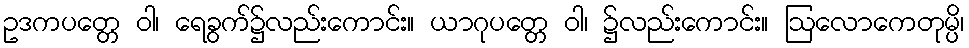
ဥဒကပတ္တေ ဝါ၊ ရေခွက်၌လည်းကောင်း။ ယာဂုပတ္တေ ဝါ၊ ၌လည်းကောင်း။ ဩလောကေတုမ္ပိ၊